Report of the Indian Hemp Drugs Commission, 1894-1895 - Volume V
Year: 1894
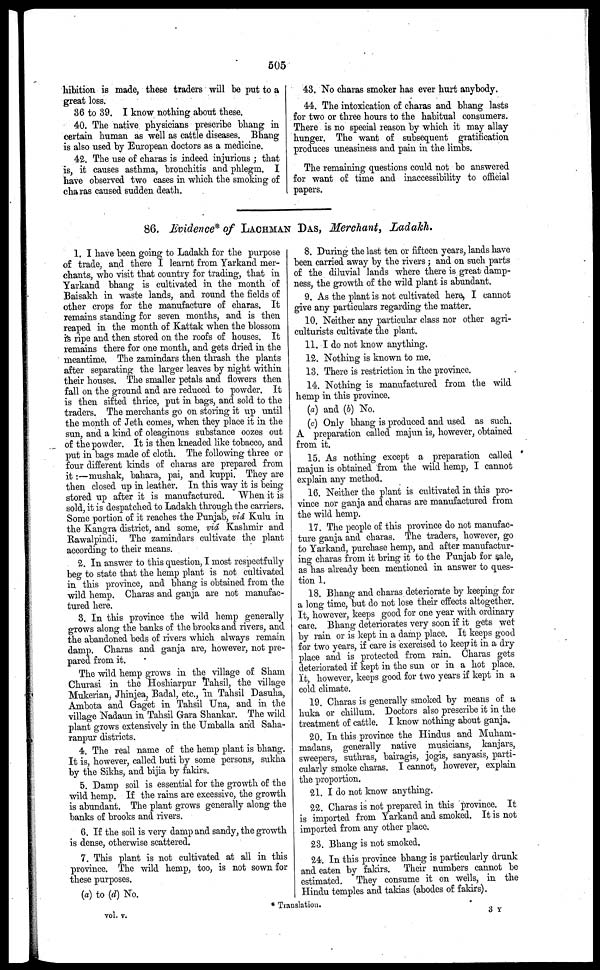
505
hibition is made, these traders will be put to a
great loss.
36 to 39. I know nothing about these.
40. The native physicians prescribe bhang in
certain human as well as cattle diseases. Bhang
is also Used by European doctors as a medicine.
42. The use of charas is indeed injurious ; that
is, it causes asthma, bronchitis and phlegm. I
have observed two cases in which the smoking of
charas caused sudden death.
43. No charas smoker has ever hurt anybody.
44. The intoxication of charas and bhang lasts
for two or three hours to the habitual consumers.
There is no special reason by which it may allay
hunger. The want of subsequent gratification
produces uneasiness and pain in the limbs.
The remaining questions could not be answered
for want of time and inaccessibility to official
papers.
86. Evidence* of LACHMAN DAS, Merchant, Ladakh.
1. I have been going to Ladakh for the purpose
of trade, and there I learnt from Yarkand mer-
chants, who visit that country for trading, that in
Yarkand bhang is cultivated in the month of
Baisakh in waste lands, and round the fields of
other crops for the manufacture of charas. It
remains standing for seven months, and is then
reaped in the month of Kattak when the blossom
is ripe and then stored on the roofs of houses. It
remains there for one month, and gets dried in the
meantime. The zamindars then thrash the plants
after separating the larger leaves by night within
their houses. The smaller petals and flowers then
fall on the ground and are reduced to powder. It
is then sifted thrice, put in bags, and sold to the
traders. The merchants go on storing it up until
the month of Jeth comes, when they place it in the
sun, and a kind of oleaginous substance oozes out
of the powder. It is then kneaded like tobacco, and
put in bags made of cloth. The following three or
four different kinds of charas are prepared from
it :—mushak, bahara, pai, and kuppi. They are
then closed up in leather. In this way it is being
stored up after it is manufactured.
When it is
sold, it is despatched to Ladakh through the carriers.
Some portion of it reaches the Punjab, via Kulu in
the Kangra district, and some, via Kashmir and
Rawalpindi. The zamindars cultivate the plant
according to their means.
2. In answer to this question, I most respectfully
beg to state that the hemp plant is not cultivated
in this province, and bhang is obtained from the
wild hemp. Charas and ganja are not manufac-
tured here.
3. In this province the wild hemp generally
grows along the banks of the brooks and rivers, and
the abandoned beds of rivers which always remain
damp. Charas and ganja are, however, not pre-
pared from it.
The wild hemp grows in the village of Sham
Churasi in the Hoshiarpur Tahsil, the village
Mukerian, Jhinjea, Badal, etc., in Tahsil Dasuha,
Ambota and Gaget in Tahsil Una, and in the
village Nadaun in Tahsil Gara Shankar. The wild
plant grows extensively in the Umballa and Saha-
ranpur districts.
4. The real name of the hemp plant is bhang.
It is, however, called buti by some persons, sukha
by the Sikhs, and bijia by fakirs.
5. Damp soil is essential for the growth of the
wild hemp. If the rains are excessive, the growth
is abundant. The plant grows generally along the
banks of brooks and rivers.
6. If the soil is very damp and sandy, the growth
is dense, otherwise scattered.
7. This plant is not cultivated at all in this
province. The wild hemp, too, is not sown for
these purposes.
(a) to (d) No.
8. During the last ten or fifteen years, lands have
been carried away by the rivers ; and on such parts
of the diluvial lands where there is great damp-
ness, the growth of the wild plant is abundant.
9. As the plant is not cultivated hero, I cannot
give any particulars regarding the matter.
10. Neither any particular class nor other agri-
culturists cultivate the plant.
11. I do not know anything.
12. Nothing is known to me.
13. There is restriction in the province.
14. Nothing; is manufactured from the wild
hemp in this province.
(a) and (b) No.
(c) Only bhang is produced and used as such.
A preparation called majun is, however, obtained
from it.
15. As nothing except a preparation called
majun is obtained from the wild hemp, I cannot
explain any method.
16. Neither the plant is cultivated in this pro-
vince nor ganja and charas are manufactured from
the wild hemp.
17. The people of this province do not manufac-
ture ganja and charas. The traders, however, go
to Yarkand, purchase hemp, and after manufactur-
ing charas from it bring it to the Punjab for sale,
as has already been mentioned in answer to ques-
tion 1.
18. Bhang and charas deteriorate by keeping for
a long time, but do not lose their effects altogether.
It, however, keeps good for one year with ordinary
care. Bhang deteriorates very soon if it gets wet
by rain or is kept in a damp place. It keeps good
for two years, if care is exercised to keep it in a dry
place and is protected from rain. Charas gets
deteriorated if kept in the sun or in a hot place.
It, however, keeps good for two years if kept in a
cold climate.
19. Charas is generally smoked by means of a
huka or chillum. Doctors also prescribe it in the
treatment of cattle. I know nothing about ganja.
20. In this province the Hindus and Muhani-
madans, generally native musicians, kanjars,
sweepers, suthras, bairagis, jogis, sanyasis, parti-
cularly smoke charas. I cannot, however, explain
the proportion.
21. I do not know anything.
22. Charas is not prepared in this province. It
is imported from Yarkand and smoked. It is not
imported from any other place.
23. Bhang is not smoked.
24. In this province bhang is particularly drank
and eaten by fakirs. Their numbers cannot be
estimated. They consume it on wells, in the
Hindu temples and takias (abodes of fakirs).
vol. v.
* Translation.
3 Y